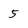
Character: 5